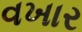
વખાર